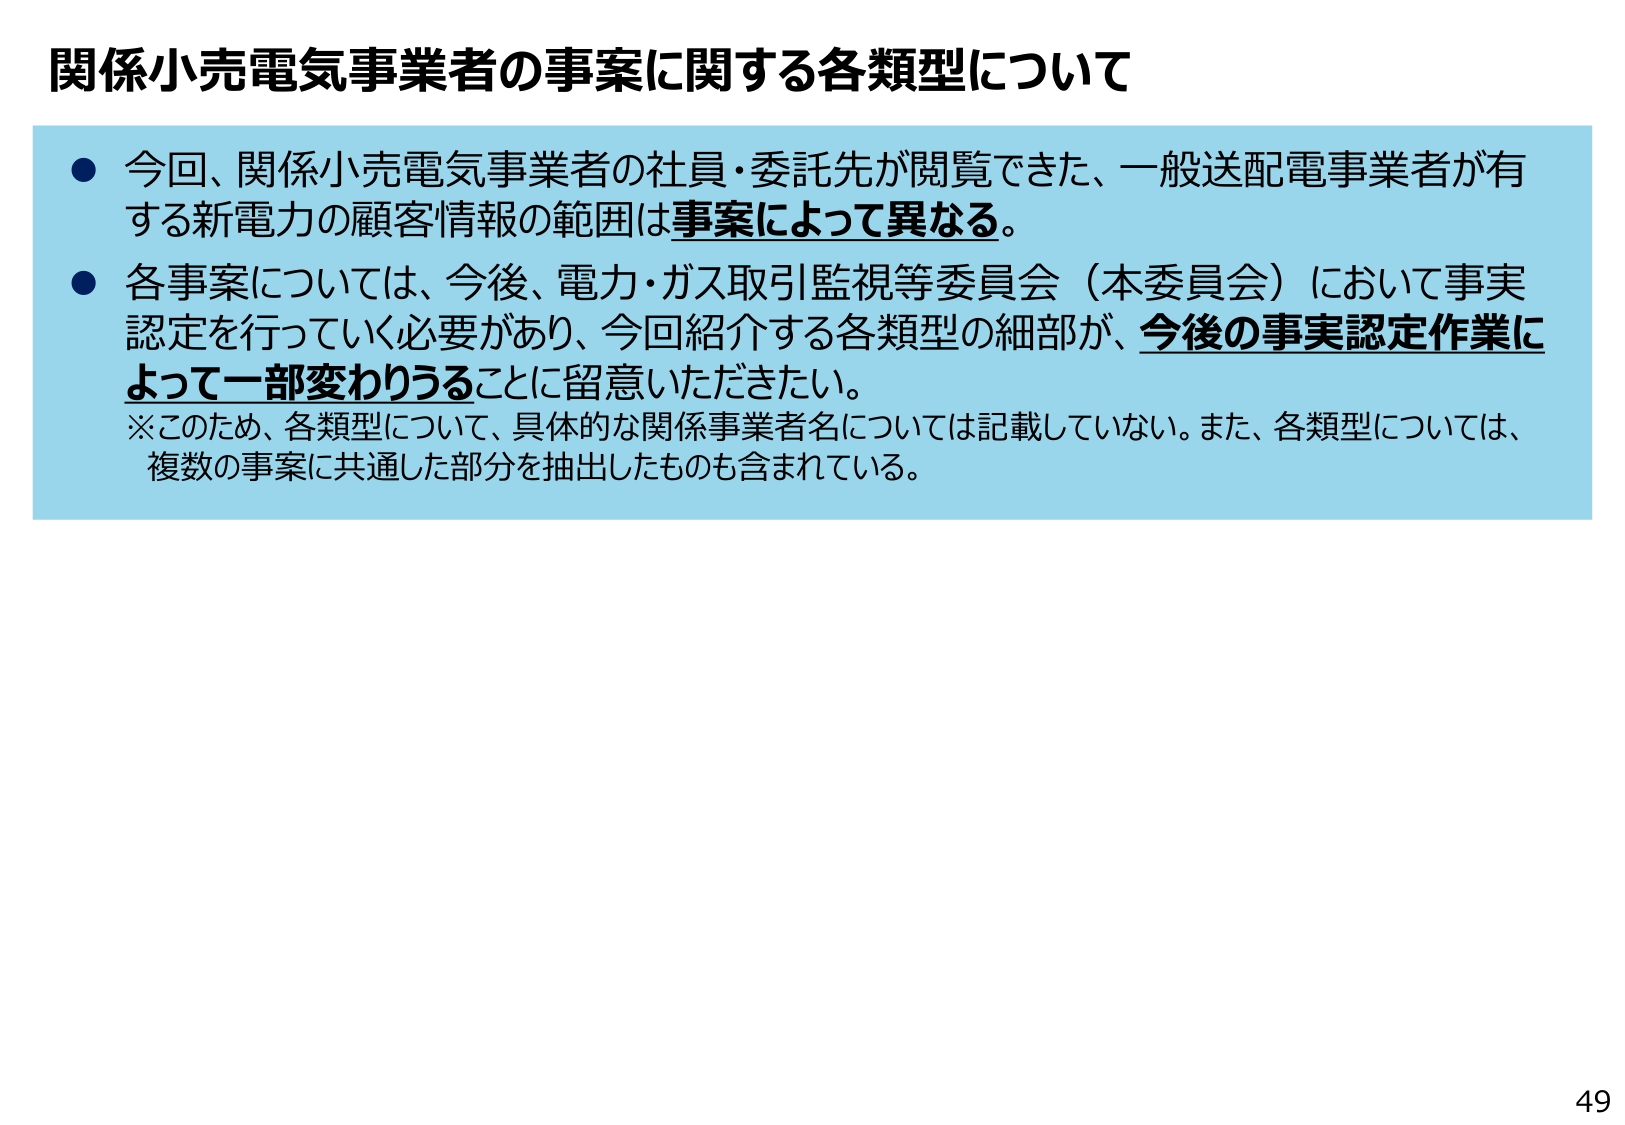
関係小売電気事業者の事案に関する各類型について

● 今回、関係小売電気事業者の社員・委託先が閲覧できた、一般送配電事業者が有する新電力の顧客情報の範囲は事案によって異なる。

● 各事案については、今後、電力・ガス取引監視等委員会（本委員会）において事実認定を行っていく必要があり、今回紹介する各類型の細部が、今後の事実認定作業によって一部変わりうることに留意いただきたい。

※このため、各類型について、具体的な関係事業者名については記載していない。また、各類型については、複数の事案に共通した部分を抽出したものも含まれている。

49